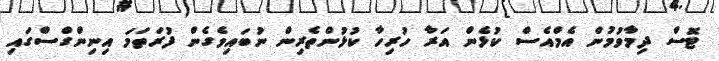
ޓޮސް ދިމާވުމުން އެމްއެސް ކުޅެން އަރާ ހުރިހާ ކުޅުންތެރިން ނުބައިވެގެން ފުރަތަމަ އިނިންގްސްގައި